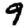
Digit: 9